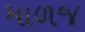
માળજ